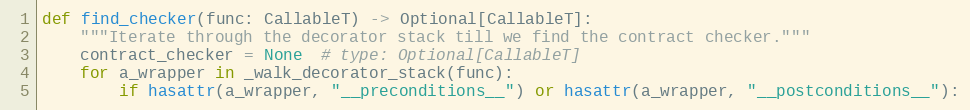
Language: Python
def find_checker(func: CallableT) -> Optional[CallableT]:
    """Iterate through the decorator stack till we find the contract checker."""
    contract_checker = None  # type: Optional[CallableT]
    for a_wrapper in _walk_decorator_stack(func):
        if hasattr(a_wrapper, "__preconditions__") or hasattr(a_wrapper, "__postconditions__"):